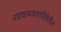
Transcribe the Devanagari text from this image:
नाट्यपत्रकारितेतील